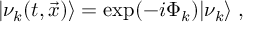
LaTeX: | \nu _ { k } ( t , \vec { x } ) \rangle = \exp ( - i \Phi _ { k } ) | \nu _ { k } \rangle \; ,